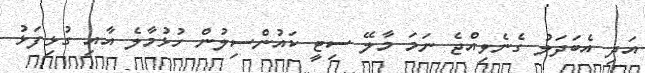
އަދި އެބަދަލު ގެނެވިއްޖެ ނަމަ މާލޭ ސިޓީ ކައުންސިލުން ހުޅުމާލެ އާއި ގުޅިފަޅު